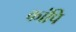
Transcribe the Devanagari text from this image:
कांपि